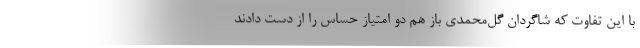
با این تفاوت که شاگردان گل‌محمدی باز هم دو امتیاز حساس را از دست دادند